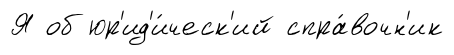
Я об юр'ид'и́ческ'ий спра́вочн'ик